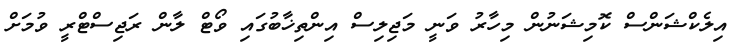
އިލެކްޝަންސް ކޮމިޝަނުން މިހާރު ވަނީ މަޖިލިސް އިންތިޚާބުގައި ވޯޓް ލާން ރަޖިސްޓްރީ ވުމަށް